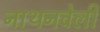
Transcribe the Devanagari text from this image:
नाथनवेली